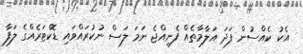
އެކު ކެއްސުން ފަދަ އަލާމާތެއް ފެނިއްޖެ ނަމަ ލަސް ނުކުރައްވައި ޑޮކްޓަރެއްގެ ލަފާ